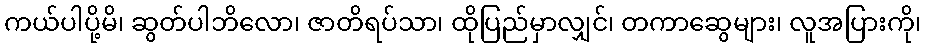
ကယ်ပါပို့မိ၊ ဆွတ်ပါဘိလော၊ ဇာတိရပ်သာ၊ ထိုပြည်မှာလျှင်၊ တကာဆွေများ၊ လူအပြားကို၊